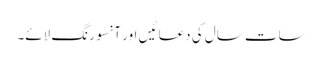
سات سال کی دعا ئیں اور آنسو رنگ لائے۔